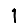
Digit: 1